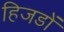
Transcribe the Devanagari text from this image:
हिजडों